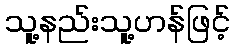
သူ့နည်းသူ့ဟန်ဖြင့်